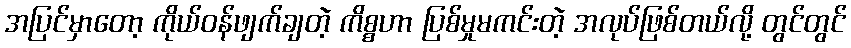
အပြင်မှာတော့ ကိုယ်ဝန်ဖျက်ချတဲ့ ကိစ္စဟာ ပြစ်မှုမကင်းတဲ့ အလုပ်ဖြစ်တယ်လို့ တွင်တွင်